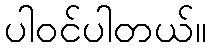
ပါဝင်ပါတယ်။